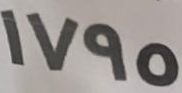
1795